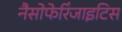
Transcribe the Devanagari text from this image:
नैसोफेरिंजाइटिस